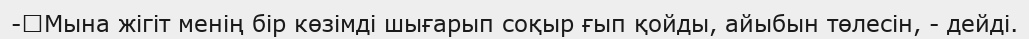
-	Мына жігіт менің бір көзімді шығарып соқыр ғып қойды, айыбын төлесін, - дейді.